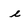
Character: e